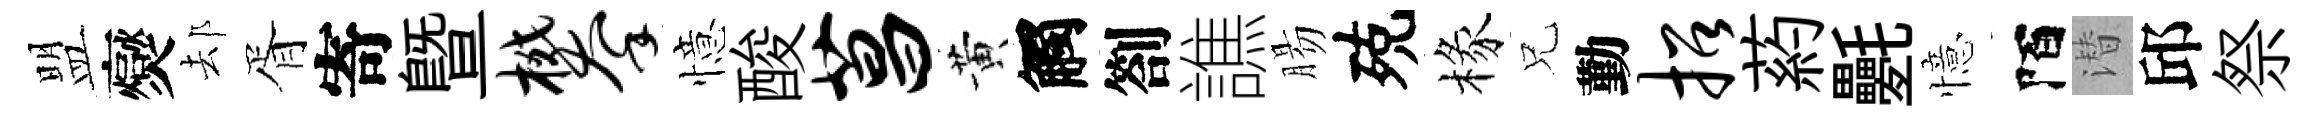
盟爕𨚫胥寄曁攀憶酸菖黄觸劄譙腸殑椽兄勤招葯氎憶陌潜邱祭